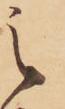
之